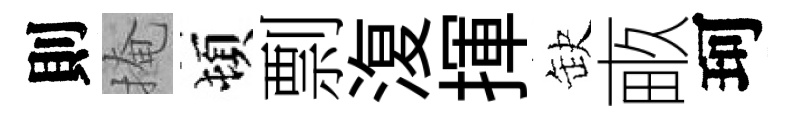
則掩頓剽𣸪揮缺畞珂